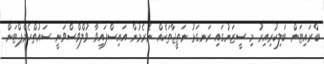
ބްރައިޓަން ބަލިކުރިއިރު މި ސީޒަނުގައި ރަނގަޅު ނަތީޖާތަކެއް ނެރެމުން އައިސްފައިވާ ވުލްވްސްވަނީ ސައުތްހެމްޕްޓަން